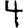
Digit: 4